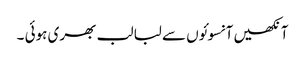
آنکھیں آنسوئوں سے لبا لب بھری ہوئی ۔